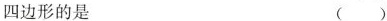
四边形的是 ()